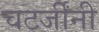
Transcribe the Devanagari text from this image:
चटर्जींनी